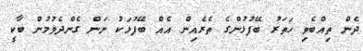
ދެން ތިއްބެވި ހަތަރު ބޭފުޅުންގެ ތެރެއިން އެއް ބޭފުޅަކު ނަން ގެންދެވުމުން ބާކީ